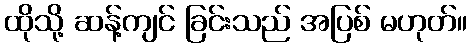
ထိုသို့ ဆန့်ကျင် ခြင်းသည် အပြစ် မဟုတ်။